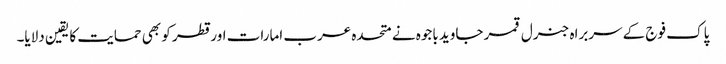
پاک فوج کے سربراہ جنرل قمر جاوید باجوہ نے متحدہ عرب امارات اور قطر کو بھی حمایت کا یقین دلایا۔